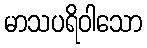
မာသပရိဝါသော